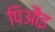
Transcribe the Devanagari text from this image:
पिऔइ